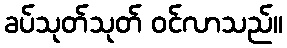
ခပ်သုတ်သုတ် ဝင်လာသည်။